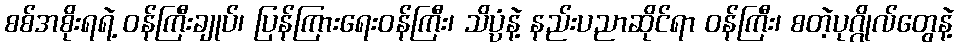
စစ်အစိုးရရဲ့ ဝန်ကြီးချုပ်၊ ပြန်ကြားရေးဝန်ကြီး၊ သိပ္ပံနဲ့ နည်းပညာဆိုင်ရာ ဝန်ကြီး၊ စတဲ့ပုဂ္ဂိုလ်တွေနဲ့